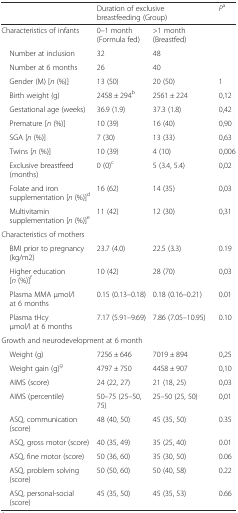
<table><thead><tr><td></td><td colspan="2"><b>Duration of exclusive breastfeeding (Group)</b></td><td><b><i>P</i><sup>a</sup></b></td></tr></thead><tbody><tr><td>Characteristics of infants</td><td>0–1 month (Formula fed)</td><td>&gt;1 month (Breastfed)</td><td></td></tr><tr><td> Number at inclusion</td><td>32</td><td>48</td><td></td></tr><tr><td> Number at 6 months</td><td>26</td><td>40</td><td></td></tr><tr><td> Gender (M) [<i>n</i> (%)]</td><td>13 (50)</td><td>20 (50)</td><td>1</td></tr><tr><td> Birth weight (g)</td><td>2458 ± 294<sup>b</sup></td><td>2561 ± 224</td><td>0,12</td></tr><tr><td> Gestational age (weeks)</td><td>36.9 (1.9)</td><td>37.3 (1.8)</td><td>0,42</td></tr><tr><td> Premature [<i>n</i> (%)]</td><td>10 (39)</td><td>16 (40)</td><td>0,90</td></tr><tr><td> SGA [<i>n</i> (%)]</td><td>7 (30)</td><td>13 (33)</td><td>0,63</td></tr><tr><td> Twins [<i>n</i> (%)]</td><td>10 (39)</td><td>4 (10)</td><td>0,006</td></tr><tr><td> Exclusive breastfeed (months)</td><td>0 (0)<sup>c</sup></td><td>5 (3.4, 5.4)</td><td>0,02</td></tr><tr><td> Folate and iron supplementation [<i>n</i> (%)]<sup>d</sup></td><td>16 (62)</td><td>14 (35)</td><td>0,03</td></tr><tr><td> Multivitamin supplementation [<i>n</i> (%)]<sup>e</sup></td><td>11 (42)</td><td>12 (30)</td><td>0,31</td></tr><tr><td>Characteristics of mothers</td><td></td><td></td><td></td></tr><tr><td> BMI prior to pregnancy (kg/m2)</td><td>23.7 (4.0)</td><td>22.5 (3.3)</td><td>0.19</td></tr><tr><td> Higher education [<i>n</i> (%)]<sup>f</sup></td><td>10 (42)</td><td>28 (70)</td><td>0,03</td></tr><tr><td> Plasma MMA μmol/l at 6 months</td><td>0.15 (0.13–0.18)</td><td>0.18 (0.16–0.21)</td><td>0.01</td></tr><tr><td> Plasma tHcy μmol/l at 6 months</td><td>7.17 (5.91–9.69)</td><td>7.86 (7.05–10.95)</td><td>0.10</td></tr><tr><td colspan="4">Growth and neurodevelopment at 6 month</td></tr><tr><td> Weight (g)</td><td>7256 ± 646</td><td>7019 ± 894</td><td>0,25</td></tr><tr><td> Weight gain (g)<sup>g</sup></td><td>4797 ± 750</td><td>4458 ± 907</td><td>0,10</td></tr><tr><td> AIMS (score)</td><td>24 (22, 27)</td><td>21 (18, 25)</td><td>0,03</td></tr><tr><td> AIMS (percentile)</td><td>50–75 (25–50, 75)</td><td>25–50 (25, 50)</td><td>0,01</td></tr><tr><td> ASQ, communication (score)</td><td>48 (40, 50)</td><td>45 (35, 50)</td><td>0.35</td></tr><tr><td> ASQ, gross motor (score)</td><td>40 (35, 49)</td><td>35 (25, 40)</td><td>0.01</td></tr><tr><td> ASQ, fine motor (score)</td><td>50 (36, 60)</td><td>35 (30, 50)</td><td>0.06</td></tr><tr><td> ASQ, problem solving (score)</td><td>50 (50, 60)</td><td>50 (40, 58)</td><td>0.22</td></tr><tr><td> ASQ, personal-social (score)</td><td>45 (35, 50)</td><td>45 (35, 53)</td><td>0.66</td></tr></tbody></table>